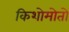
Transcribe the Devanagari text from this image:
किशोमोतो